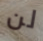
لن